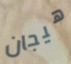
هيجان